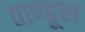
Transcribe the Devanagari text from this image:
ताण्डूल